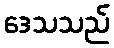
ဒေသသည်